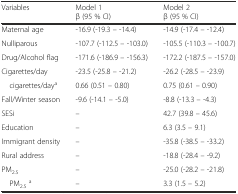
| Variables | Model 1β (95 % CI) | Model 2β (95 % CI) |
 | --- | --- | --- |
 | Maternal age | -16.9 (-19.3 – -14.4) | -14.9 (-17.4 – -12.4) |
 | Nulliparous | -107.7 (-112.5 – -103.0) | -105.5 (-110.3 – -100.7) |
 | Drug/Alcohol flag | -171.6 (-186.9 – -156.3) | -172.2 (-187.5 – -157.0) |
 | Cigarettes/day | -23.5 (-25.8 – -21.2) | -26.2 (-28.5 – -23.9) |
 | cigarettes/daya | 0.66 (0.51 – 0.80) | 0.75 (0.61 – 0.90) |
 | Fall/Winter season | -9.6 (-14.1 – -5.0) | -8.8 (-13.3 – -4.3) |
 | SESi | – | 42.7 (39.8 – 45.6) |
 | Education | – | 6.3 (3.5 – 9.1) |
 | Immigrant density | – | -35.8 (-38.5 – -33.2) |
 | Rural address | – | -18.8 (-28.4 – -9.2) |
 | PM2.5 | – | -25.0 (-28.2 – -21.8) |
 | PM2.5a | – | 3.3 (1.5 – 5.2) |